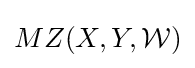
MZ(X,Y,{\mathcal {W}})